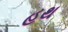
હથ